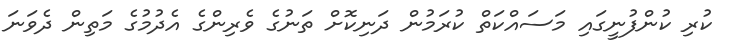
ކުރި ކުންފުނީގައި މަސައްކަތް ކުރަމުން ދަނިކޮށް ތަނުގެ ވެރިންގެ އެދުމުގެ މަތިން ދެވަނަ